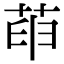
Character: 𦱸